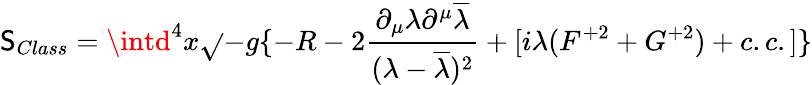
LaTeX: \mathsf{S}_{Class}=\intd^{4}x\sqrt{}{{-g}}\{ -R-2\frac{{\partial_{\mu}\lambda\partial^{\mu}\overline{{{{\lambda}}}}}}{{(\lambda-\overline{{{{\lambda}}}})^{2}}}+[i\lambda(F^{+2}+G^{+2})+c.c.]\}